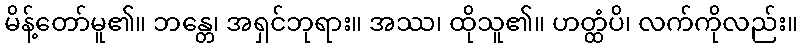
မိန့်တော်မူ၏။ ဘန္တေ၊ အရှင်ဘုရား။ အဿ၊ ထိုသူ၏။ ဟတ္ထံပိ၊ လက်ကိုလည်း။